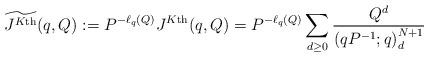
LaTeX: \begin{align*} \widetilde{J^{K\textnormal{th}}}(q,Q) := P^{-\ell_q(Q)} J^{K\textnormal{th}}(q,Q) = P^{-\ell_q(Q)} \sum_{d \geq 0} \frac{Q^d}{\left(qP^{-1};q\right)_d^{N+1}} \end{align*}